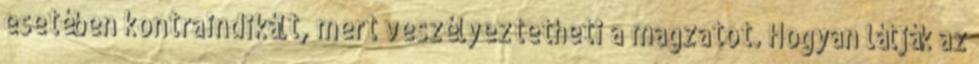
esetében kontraindikált, mert veszélyeztetheti a magzatot. Hogyan látják az